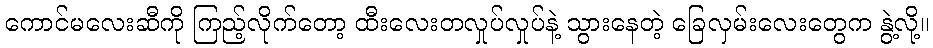
ကောင်မလေးဆီကို ကြည့်လိုက်တော့ ထီးလေးတလှုပ်လှုပ်နဲ့ သွားနေတဲ့ ခြေလှမ်းလေးတွေက နွဲ့လို့။